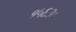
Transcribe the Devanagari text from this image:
१५६३०